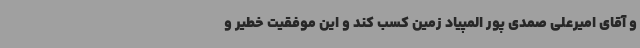
و آقای امیرعلی صمدی پور المپیاد زمین کسب کند و این موفقیت خطیر و